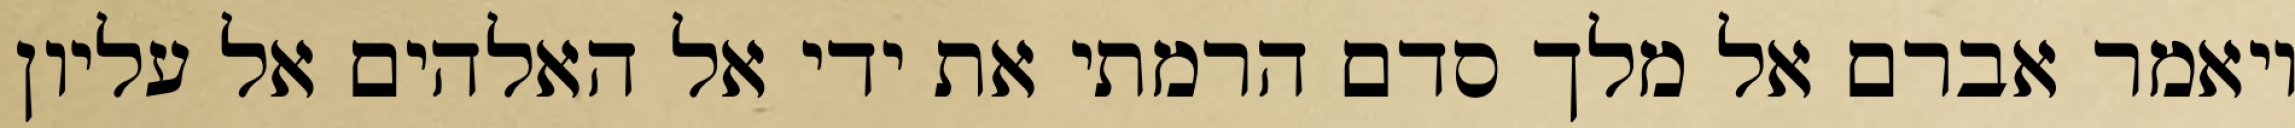
ויאמר אברם אל מלך סדם הרמתי את ידי אל האלהים אל עליון